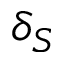
\delta _ { S }